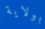
بولاية